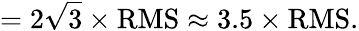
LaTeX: =2{\sqrt{3}}\times{\mathrm{RMS}}\approx 3.5\times{\mathrm{RMS}}.